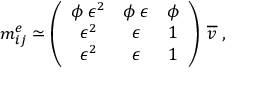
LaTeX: m _ { i j } ^ { e } \simeq \left( \begin{array} { c c c } { { \phi \: \epsilon ^ { 2 } } } & { { \phi \: \epsilon } } & { { \phi } } \\ { { \epsilon ^ { 2 } } } & { { \epsilon } } & { { 1 } } \\ { { \epsilon ^ { 2 } } } & { { \epsilon } } & { { 1 } } \end{array} \right) \: \overline { { { v } } } \; ,